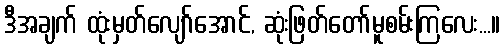
ဒီအချက် ထုံးမှတ်လျော်အောင်, ဆုံးဖြတ်တော်မူစမ်းကြလေး...။